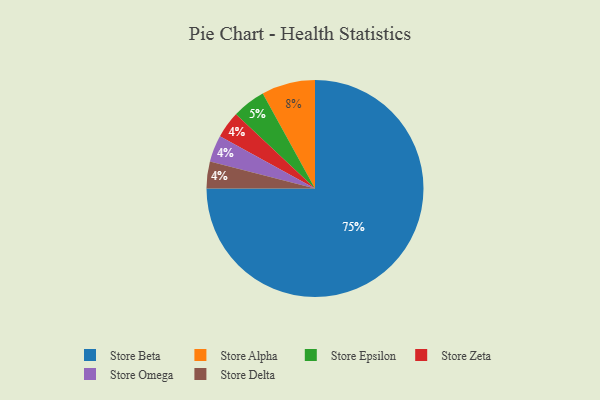
{"axis": {"x": "Category", "y": "Percentage"}, "legend": ["Store Alpha", "Store Beta", "Store Delta", "Store Epsilon", "Store Omega", "Store Zeta"], "data": [{"x": "Store Zeta", "y": 4, "type": "Store Zeta"}, {"x": "Store Omega", "y": 4, "type": "Store Omega"}, {"x": "Store Beta", "y": 75, "type": "Store Beta"}, {"x": "Store Alpha", "y": 8, "type": "Store Alpha"}, {"x": "Store Epsilon", "y": 5, "type": "Store Epsilon"}, {"x": "Store Delta", "y": 4, "type": "Store Delta"}]}